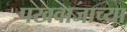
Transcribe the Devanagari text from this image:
पखवाजाच्या